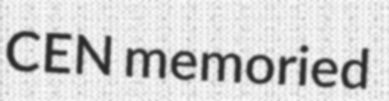
CEN memoried